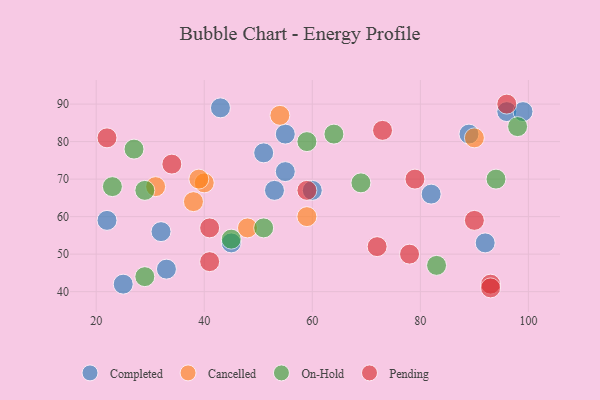
{"axis": {"x": "GDP", "y": "Life Expectancy"}, "legend": ["Cancelled", "Completed", "On-Hold", "Pending"], "data": [{"x": "53", "y": 67, "type": "Completed"}, {"x": "55", "y": 72, "type": "Completed"}, {"x": "22", "y": 59, "type": "Completed"}, {"x": "51", "y": 77, "type": "Completed"}, {"x": "60", "y": 67, "type": "Completed"}, {"x": "55", "y": 82, "type": "Completed"}, {"x": "92", "y": 53, "type": "Completed"}, {"x": "45", "y": 53, "type": "Completed"}, {"x": "25", "y": 42, "type": "Completed"}, {"x": "33", "y": 46, "type": "Completed"}, {"x": "96", "y": 88, "type": "Completed"}, {"x": "32", "y": 56, "type": "Completed"}, {"x": "82", "y": 66, "type": "Completed"}, {"x": "89", "y": 82, "type": "Completed"}, {"x": "43", "y": 89, "type": "Completed"}, {"x": "99", "y": 88, "type": "Completed"}, {"x": "48", "y": 57, "type": "Cancelled"}, {"x": "54", "y": 87, "type": "Cancelled"}, {"x": "40", "y": 69, "type": "Cancelled"}, {"x": "90", "y": 81, "type": "Cancelled"}, {"x": "38", "y": 64, "type": "Cancelled"}, {"x": "59", "y": 60, "type": "Cancelled"}, {"x": "31", "y": 68, "type": "Cancelled"}, {"x": "39", "y": 70, "type": "Cancelled"}, {"x": "23", "y": 68, "type": "On-Hold"}, {"x": "29", "y": 67, "type": "On-Hold"}, {"x": "83", "y": 47, "type": "On-Hold"}, {"x": "29", "y": 44, "type": "On-Hold"}, {"x": "64", "y": 82, "type": "On-Hold"}, {"x": "59", "y": 80, "type": "On-Hold"}, {"x": "27", "y": 78, "type": "On-Hold"}, {"x": "51", "y": 57, "type": "On-Hold"}, {"x": "69", "y": 69, "type": "On-Hold"}, {"x": "45", "y": 54, "type": "On-Hold"}, {"x": "98", "y": 84, "type": "On-Hold"}, {"x": "94", "y": 70, "type": "On-Hold"}, {"x": "34", "y": 74, "type": "Pending"}, {"x": "96", "y": 90, "type": "Pending"}, {"x": "93", "y": 42, "type": "Pending"}, {"x": "79", "y": 70, "type": "Pending"}, {"x": "72", "y": 52, "type": "Pending"}, {"x": "78", "y": 50, "type": "Pending"}, {"x": "22", "y": 81, "type": "Pending"}, {"x": "41", "y": 48, "type": "Pending"}, {"x": "90", "y": 59, "type": "Pending"}, {"x": "59", "y": 67, "type": "Pending"}, {"x": "41", "y": 57, "type": "Pending"}, {"x": "93", "y": 41, "type": "Pending"}, {"x": "73", "y": 83, "type": "Pending"}]}